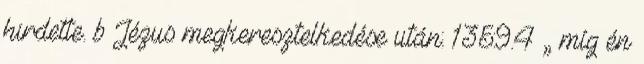
hirdette. b Jézus megkeresztelkedése után: 135:9.4 „ míg én